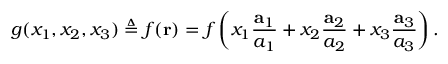
g ( x _ { 1 } , x _ { 2 } , x _ { 3 } ) \triangleq f ( \mathbf { r } ) = f \left( x _ { 1 } { \frac { \mathbf { a } _ { 1 } } { a _ { 1 } } } + x _ { 2 } { \frac { \mathbf { a } _ { 2 } } { a _ { 2 } } } + x _ { 3 } { \frac { \mathbf { a } _ { 3 } } { a _ { 3 } } } \right) .